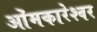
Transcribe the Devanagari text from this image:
ओंमकारेश्‍वर